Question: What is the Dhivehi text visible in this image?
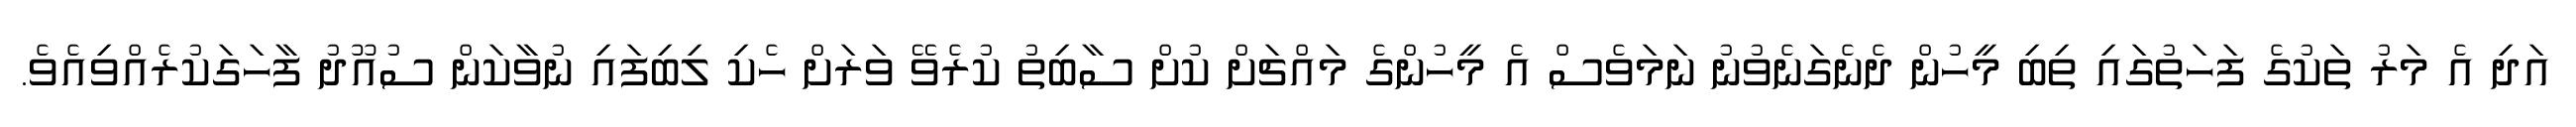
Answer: އަދި އެ މަރު ތަކުގެ ފަހަތުގައި ތިބި މީހުން ދެނެގަނެވުނު ނަމަވެސް އެ މީހުންގެ މައްޗަށް ކުށް ސާބިތު ކުރެވޭ ވަރަށް ހެކި ލިބިފައި ނުވާކަން ސުއޫދު ފާހަގަކުރެއްވިއެވެ.